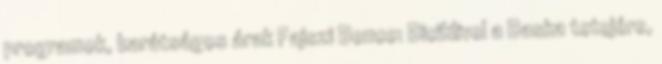
programok, barátságos árak Fajszi Bence: Biciklivel a Baska tetejére,